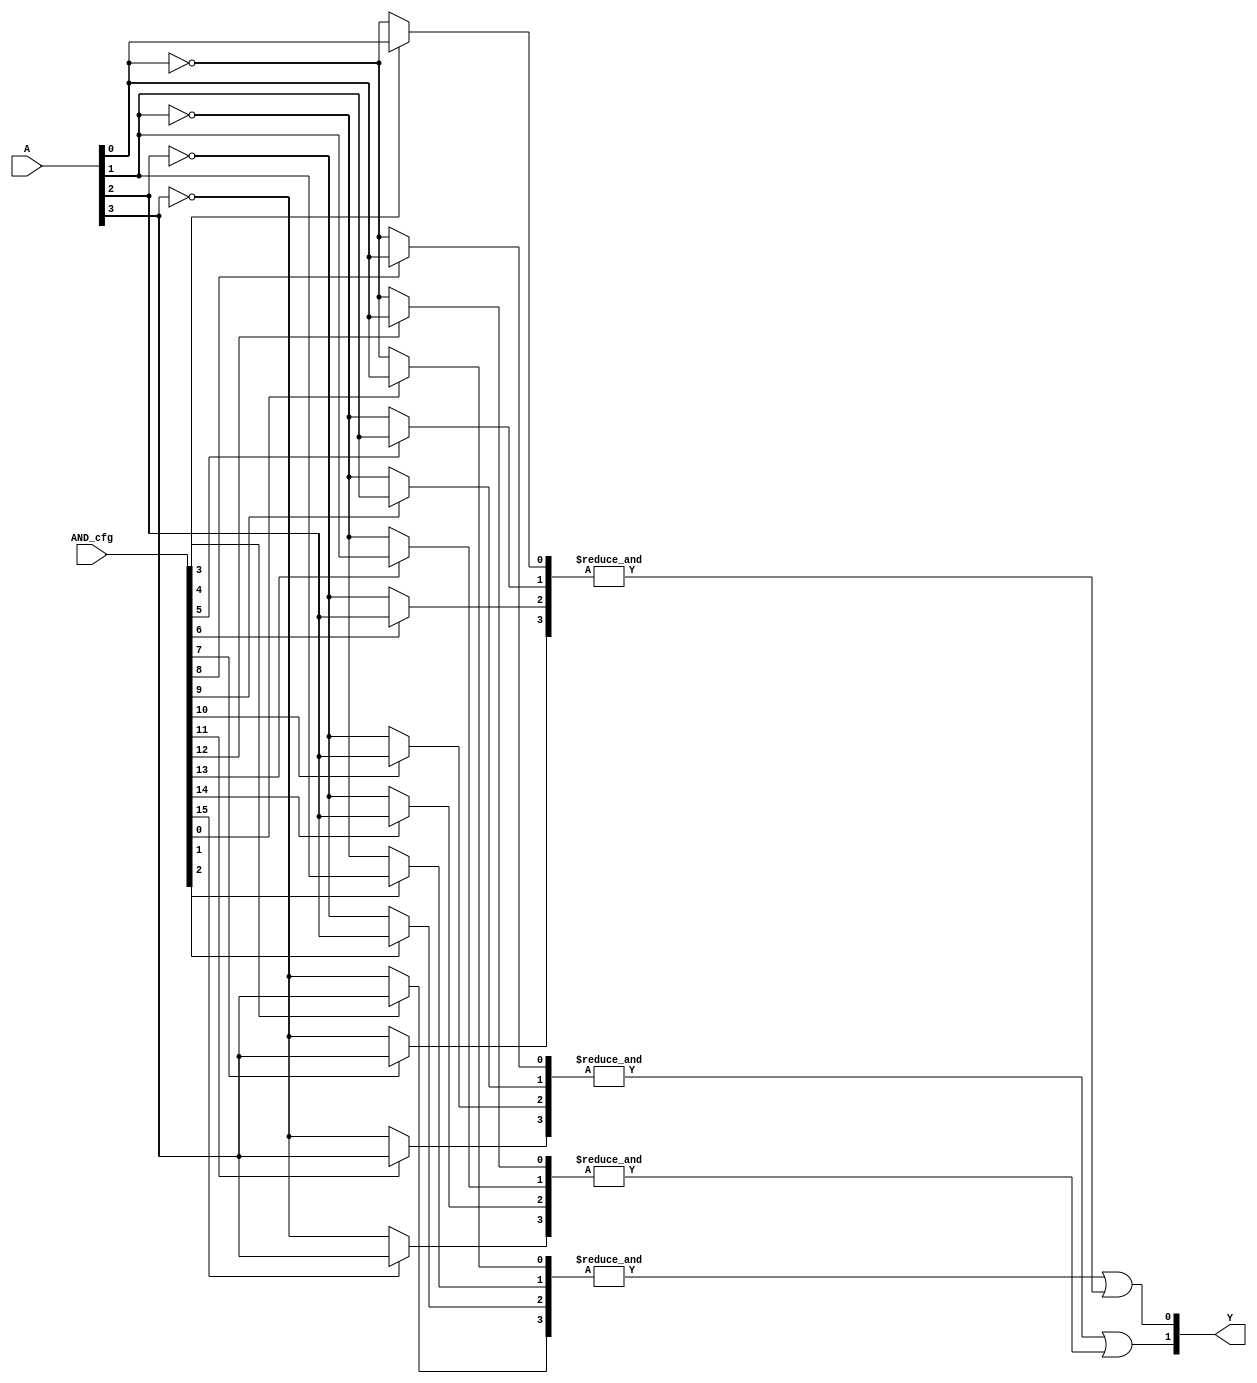
module SPAL #(
    parameter N = 4, // Number of inputs
    parameter M = 4, // Number of product terms
    parameter P = 2  // Number of outputs
)(
    input  [N-1:0] A,         // Input signals
    input  [M*N-1:0] AND_cfg, // Configuration for AND gates (N bits per product term)
    output [P-1:0] Y          // Output signals
);

// Internal wires for AND gate outputs
wire [M-1:0] and_out;

// Generate the programmable AND array
genvar i, j;
generate
    for (i = 0; i < M; i = i + 1) begin : and_array
        wire [N-1:0] and_inputs;
        for (j = 0; j < N; j = j + 1) begin : input_selection
            assign and_inputs[j] = AND_cfg[i*N + j] ? A[j] : ~A[j]; // Select input or its inversion
        end
        assign and_out[i] = &and_inputs; // AND operation
    end
endgenerate

// Fixed OR array
assign Y[0] = and_out[0] | and_out[1]; // Example OR logic for output 0
assign Y[1] = and_out[2] | and_out[3]; // Example OR logic for output 1

endmodule